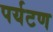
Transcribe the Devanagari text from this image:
पर्यटण